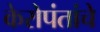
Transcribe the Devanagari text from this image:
केरोपंतांचे